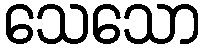
သေသော